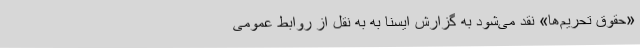
«حقوق تحریم‌ها» نقد می‌شود به گزارش ایسنا به به نقل از روابط عمومی